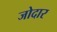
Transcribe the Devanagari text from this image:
जोदार